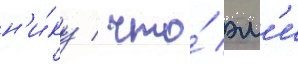
н'и́ку / что́ эм'и